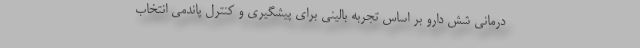
درمانی شش دارو بر اساس تجربه بالینی برای پیشگیری و کنترل پاندمی انتخاب